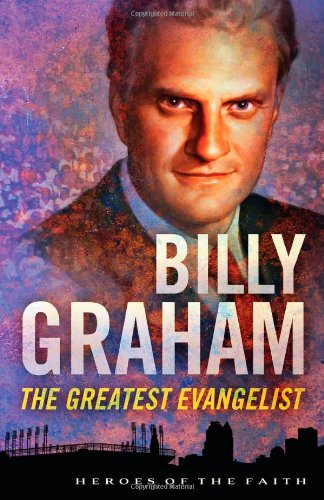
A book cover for BILLY GRAHAM (Heroes of the Faith); Sam Wellman; Teen & Young Adult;